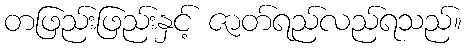
တဖြည်းဖြည်းနှင့် ဇာတ်ရည်လည်ရသည်။